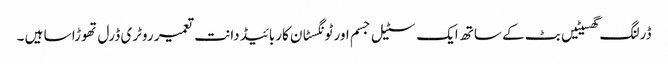
ڈرلنگ گھسیٹیں بٹ کے ساتھ ایک سٹیل جسم اور ٹونگسٹان کاربائیڈ دانت تعمیر روٹری ڈرل تھوڑا سا ہیں ۔